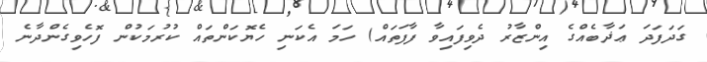
ގަދަފަދަ ޢަޛާބެއްގެ އިންޒާރު ދެވިފައިވާ ފާފަތައް) ހަމަ އެކަނި ހެޔޮކަންތައް ކުރުމަކުން ފޮހެވިގެންދާނެ